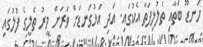
ހަނޑޫ ބަތާއި ތެލުލިފަތާ އެކުގައި. އަދި އަޅުގަނޑަށް ވަރަށް މީރު ތެލީގެ ފުލުގައި